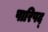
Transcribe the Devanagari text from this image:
पारिषद्